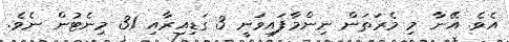
އެވެ. އޭނާ މި މެރަތަން ނިންމާފައިވަނީ 3 ގަޑިއިރާއި 31 މިނެޓުން ނެވެ.